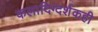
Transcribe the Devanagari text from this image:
कलादिग्दर्शकही